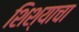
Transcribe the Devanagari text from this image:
शिश्याचा